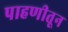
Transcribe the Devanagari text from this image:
पाहणीतून